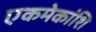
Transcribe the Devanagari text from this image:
एकमेकांशि